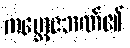
ကမ္ဘောဇဘဏ်၏